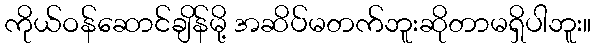
ကိုယ်ဝန်ဆောင်ချိန်မို့ အဆိပ်မတက်ဘူးဆိုတာမရှိပါဘူး။